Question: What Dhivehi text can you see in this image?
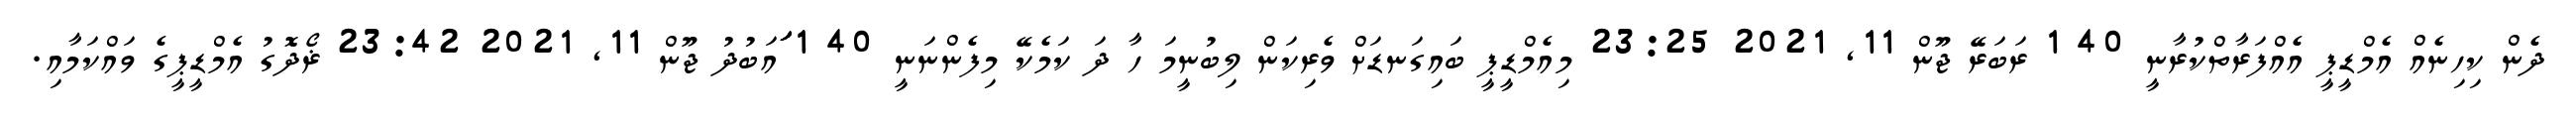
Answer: ދެން ކިހިނެއް އެމްޑީޕީ އެއްފަރާތްކުރާނީ 40 1 ރަބަރޭ ޖޫން 11, 2021 23:25 މިއެމްޑީޕީ ބައިގަނޑަށް ވެރިކަން ލިބުނީމަ ހާ ދަ ކަމެކޭ މިފެންނަނީ 40 1 ަަަަަަަަަައަބުދު ޖޫން 11, 2021 23:42 ޜޯދޮގު އެމްޑީޕީގެ ވައްކަމާއި.